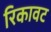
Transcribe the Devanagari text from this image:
रिकावट